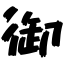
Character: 御